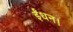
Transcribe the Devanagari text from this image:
ईंधन।